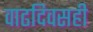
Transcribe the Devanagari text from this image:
वाढदिवसही